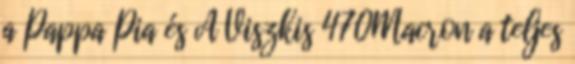
a Pappa Pia és A Viszkis 470Macron a teljes